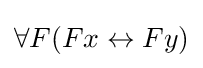
\forall F(Fx\leftrightarrow Fy)